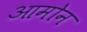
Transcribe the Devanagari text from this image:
आमोन